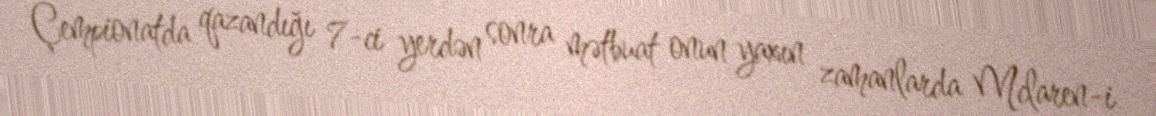
Çempionatda qazandığı 7-ci yerdən sonra mətbuat onun yaxın zamanlarda Mclaren-i